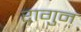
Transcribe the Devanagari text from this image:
रागुन